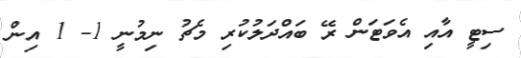
ސިޓީ އާއި އެވަޓަން ރޭ ބައްދަލުކުރި މެޗު ނިމުނީ 1- 1 އިން